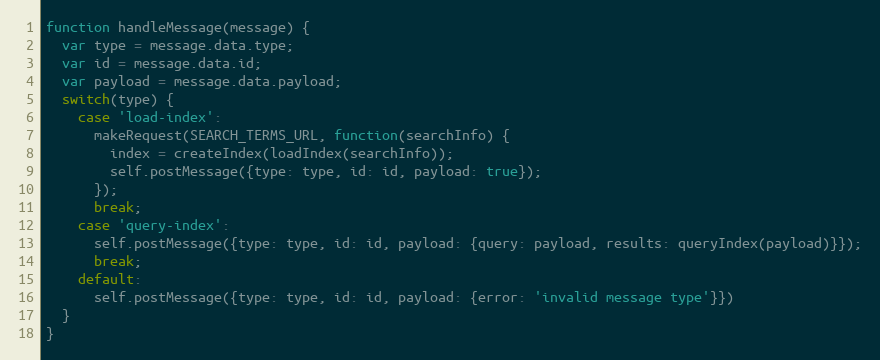
Language: JavaScript
function handleMessage(message) {
  var type = message.data.type;
  var id = message.data.id;
  var payload = message.data.payload;
  switch(type) {
    case 'load-index':
      makeRequest(SEARCH_TERMS_URL, function(searchInfo) {
        index = createIndex(loadIndex(searchInfo));
        self.postMessage({type: type, id: id, payload: true});
      });
      break;
    case 'query-index':
      self.postMessage({type: type, id: id, payload: {query: payload, results: queryIndex(payload)}});
      break;
    default:
      self.postMessage({type: type, id: id, payload: {error: 'invalid message type'}})
  }
}